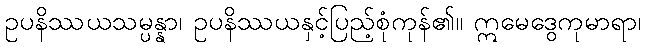
ဥပနိဿယသမ္ပန္နာ၊ ဥပနိဿယနှင့်ပြည့်စုံကုန်၏။ ဣမေဒွေကုမာရာ၊